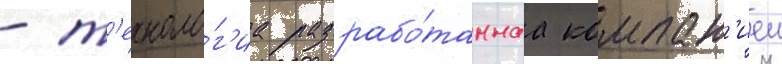
- т'ехноло́г'иа разрабо́таннаа компан'иеи